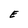
Character: E